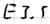
Text: E3.5